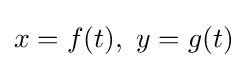
x=f(t),\ y=g(t)